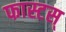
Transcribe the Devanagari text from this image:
फास्टस्